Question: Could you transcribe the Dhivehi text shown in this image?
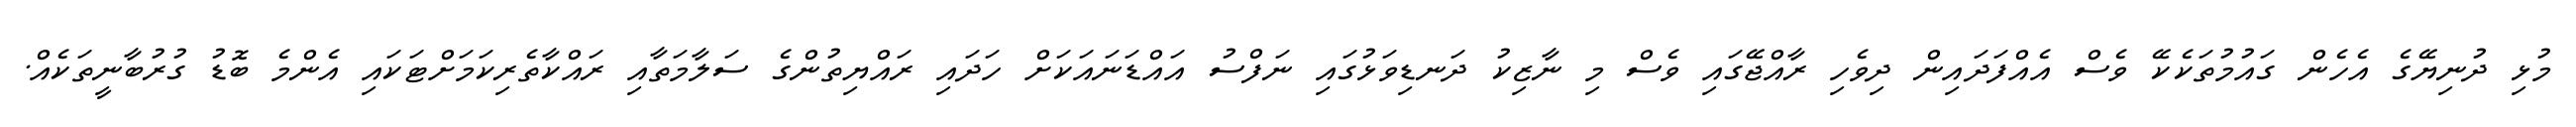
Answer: މުޅި ދުނިޔޭގެ އެހެން ގައުމުތަކެކޭ ވެސް އެއްފަދައިން ދިވެހި ރާއްޖޭގައި ވެސް މި ނާޒިކު ދަނޑިވަޅުގައި ނަފްސު އައްޑަނައަކަށް ހަދައި ރައްޔިތުންގެ ސަލާމަތާއި ރައްކާތެރިކަމަށްޓަކައި އެންމެ ބޮޑު ގުރުބާނީތަކެއް.